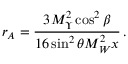
r _ { A } = \frac { 3 M _ { \Upsilon } ^ { 2 } \cos ^ { 2 } \beta } { 1 6 \sin ^ { 2 } \theta M _ { W } ^ { 2 } x } \, .